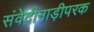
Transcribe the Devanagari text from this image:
संवेदीनाड़ीपरक